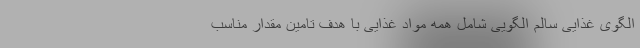
الگوی غذایی سالم الگویی شامل همه مواد غذایی با هدف تامین مقدار مناسب